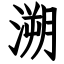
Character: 溯